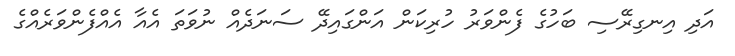
އަދި އިނގިރޭސި ބަހުގެ ފެންވަރު ހުރިކަން އަންގައިދޭ ސަނަދެއް ނުވަތަ އެއާ އެއްފެންވަރެއްގެ